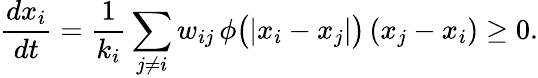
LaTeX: \frac{dx_{i}}{dt}=\frac{1}{k_{i}}\sum_{j\neq i}w_{ij}\, \phi\big(|x_{i}-x_{j}|\big)\, (x_{j}-x_{i})\geq 0.